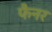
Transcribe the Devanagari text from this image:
फैनर